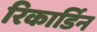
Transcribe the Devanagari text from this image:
रिकार्डिन